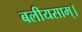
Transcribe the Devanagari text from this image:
बलीयसाम्।